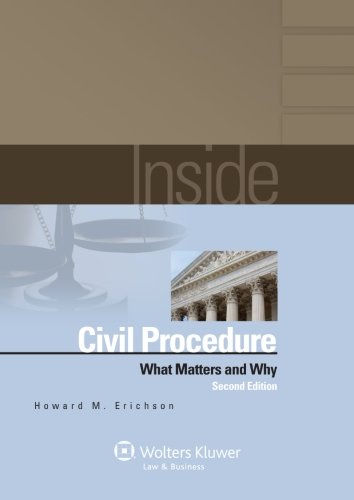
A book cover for Inside Civil Procedure: What Matters & Why, Second Edition; Howard M. Erichson; Law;